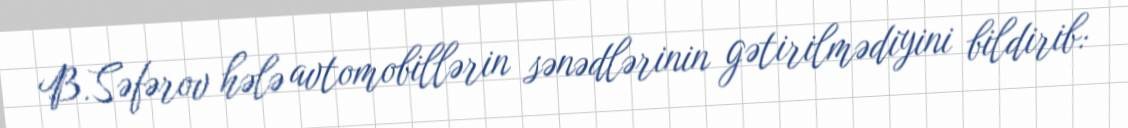
B.Səfərov hələ avtomobillərin sənədlərinin gətirilmədiyini bildirib: